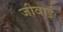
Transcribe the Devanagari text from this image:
जीवाई